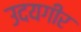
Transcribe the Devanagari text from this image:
उदयगीर